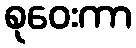
စုဝေးကာ